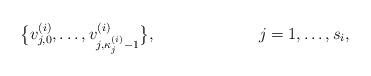
LaTeX: \begin{align*}&\big\{v_{j,0}^{(i)},\dots,v_{j,\kappa_{j}^{(i)}-1}^{(i)}\big\}, & j &=1,\dots,s_i,\end{align*}